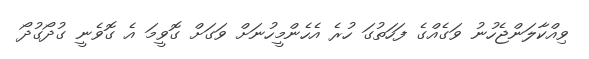
ވިއްކާލަންޖެހުނު ވަގެއްގެ ފަހަތުގަ ހުރެ އެހެންމީހުނަށް ވަގަށް ގޮވީމަ އެ ގޮވެނީ ގުދޯގުދޯ